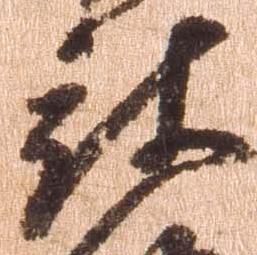
被